Vaccine operations Central Provinces & Berar 1912-1920 - 1912-1920
Year: 1912
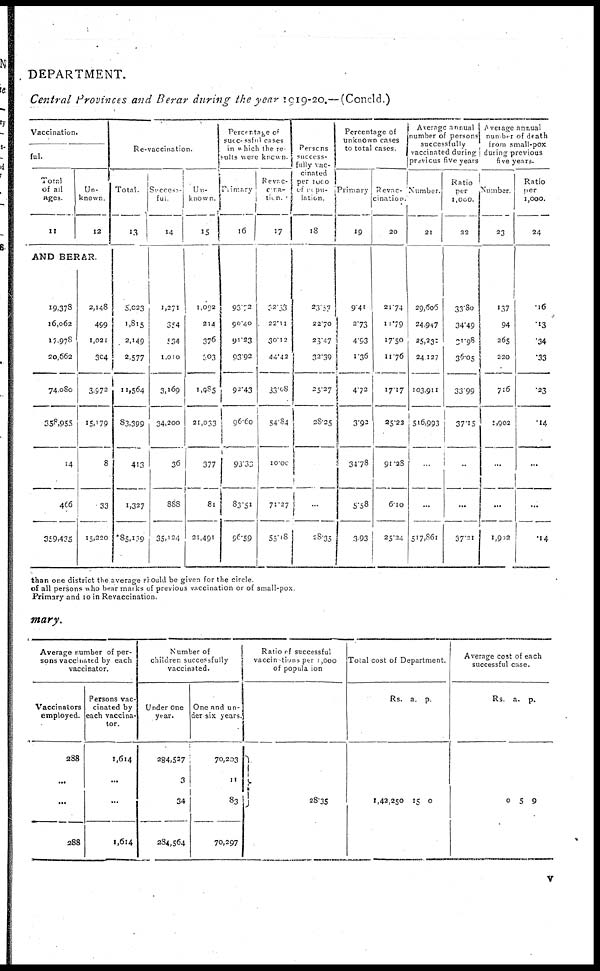
DEPARTMENT.
Central Provinces and Berar during the year 1919-20.—(Concld.)
Vaccination.
ful.
Total
of all
ages
11
Un-
known
12
AND BERAR.
19,378
16,062
17,978
20,662
74,080
358,955
14
466
359,435
2,148
499
1,021
304
3,972
15,179
8
33
15,220
Re-vaccination.
Total.
13
5,023
1,815
2,149
2,577
11,564
83,399
413
1,327
*85,139
Success-
ful
14
1,271
354
534
1,010
3,169
34,200
36
888
35,124
Un-
known
15
1,092
214
376
603
1,985
21,033
377
81
21,491
Percentage of
successful cases
in which the re
sults were known
Primary
16
93.72
90.40
91.23
93.92
92.43
96.60
93.33
83.51
96.59
Revac-
cina-
tion.
17
92.33
22.11
30.12
44.42
33.08
54.84
10.00
71.27
55.18
Persons
success-
fully vac-
cinated
per 1,000
of popu-
lation
18
23.57
22.70
23.47
32.39
25.27
28.25
...
28.35
Percentage of
unknown cases
to total cases.
Primary
19
9.41
2.73
4.93
1.36
4.72
3.92
34.78
5.58
3.93
Revacc-
ination
20
21.74
11.79
17.50
11.76
17.17
25.23
91.28
6.10
25.24
Average annual
number of persons
successfully
vaccinated during
previous five years
Number.
21
29,606
24,947
25,231
24,127
103,911
516,993
..
...
517,861
Ratio
per
1,000
22
33.80
34.49
91.98
36.05
33.99
37.15
..
...
37.21
Average annual
number of death
from small-pox
during previous
five years.
Number.
23
137
94
265
220
716
1,902
...
...
1,902
Ratio
per
1,000.
24
.16
.13
.34
.33
.23
.14
...
...
14
than one district the average should be given for the circle
of all persons who bear marks of previous vaccination or of small-pox
Primary and 10 in Revaccination.
mary.
Average number of per-
sons vaccinated by each
vaccinator.
Vaccinators
employed.
288
...
...
288
Persons vac-
cinated by
each vaccina-
tor.
1,614
...
...
1,614
Number of
children successfully
vaccinated.
Under one
year.
284,527
3
34
284,564
One and un-
der six years.
70,203
11
83
70,297
Ratio of successful
vaccinations per 1,000
of population
28.35
Total cost of Department.
Rs.
1,42,250
a.
15
p.
0
Average cost of each
successful case.
Rs.
0
a.
5
p.
9
v